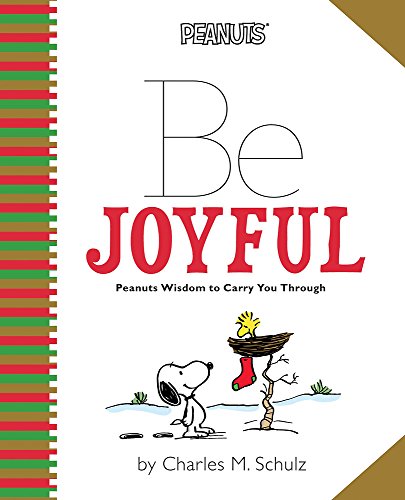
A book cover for Peanuts: Be Joyful: Peanuts Wisdom to Carry You Through (Peanuts (Running Press)); Charles M. Schulz; Children's Books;